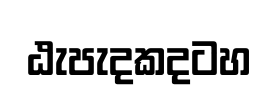
ඨැපැදකදටහ